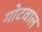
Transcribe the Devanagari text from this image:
गोटवाल